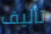
تأليف